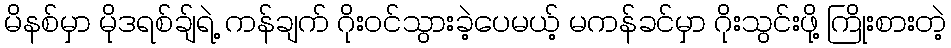
မိနစ်မှာ မိုဒရစ်ချ်ရဲ့ ကန်ချက် ဂိုးဝင်သွားခဲ့ပေမယ့် မကန်ခင်မှာ ဂိုးသွင်းဖို့ ကြိုးစားတဲ့